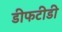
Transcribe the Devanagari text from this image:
डीफटीडी